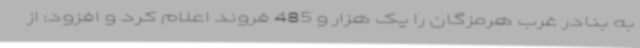
به بنادر غرب هرمزگان را یک هزار و 485 فروند اعلام کرد و افزود: از